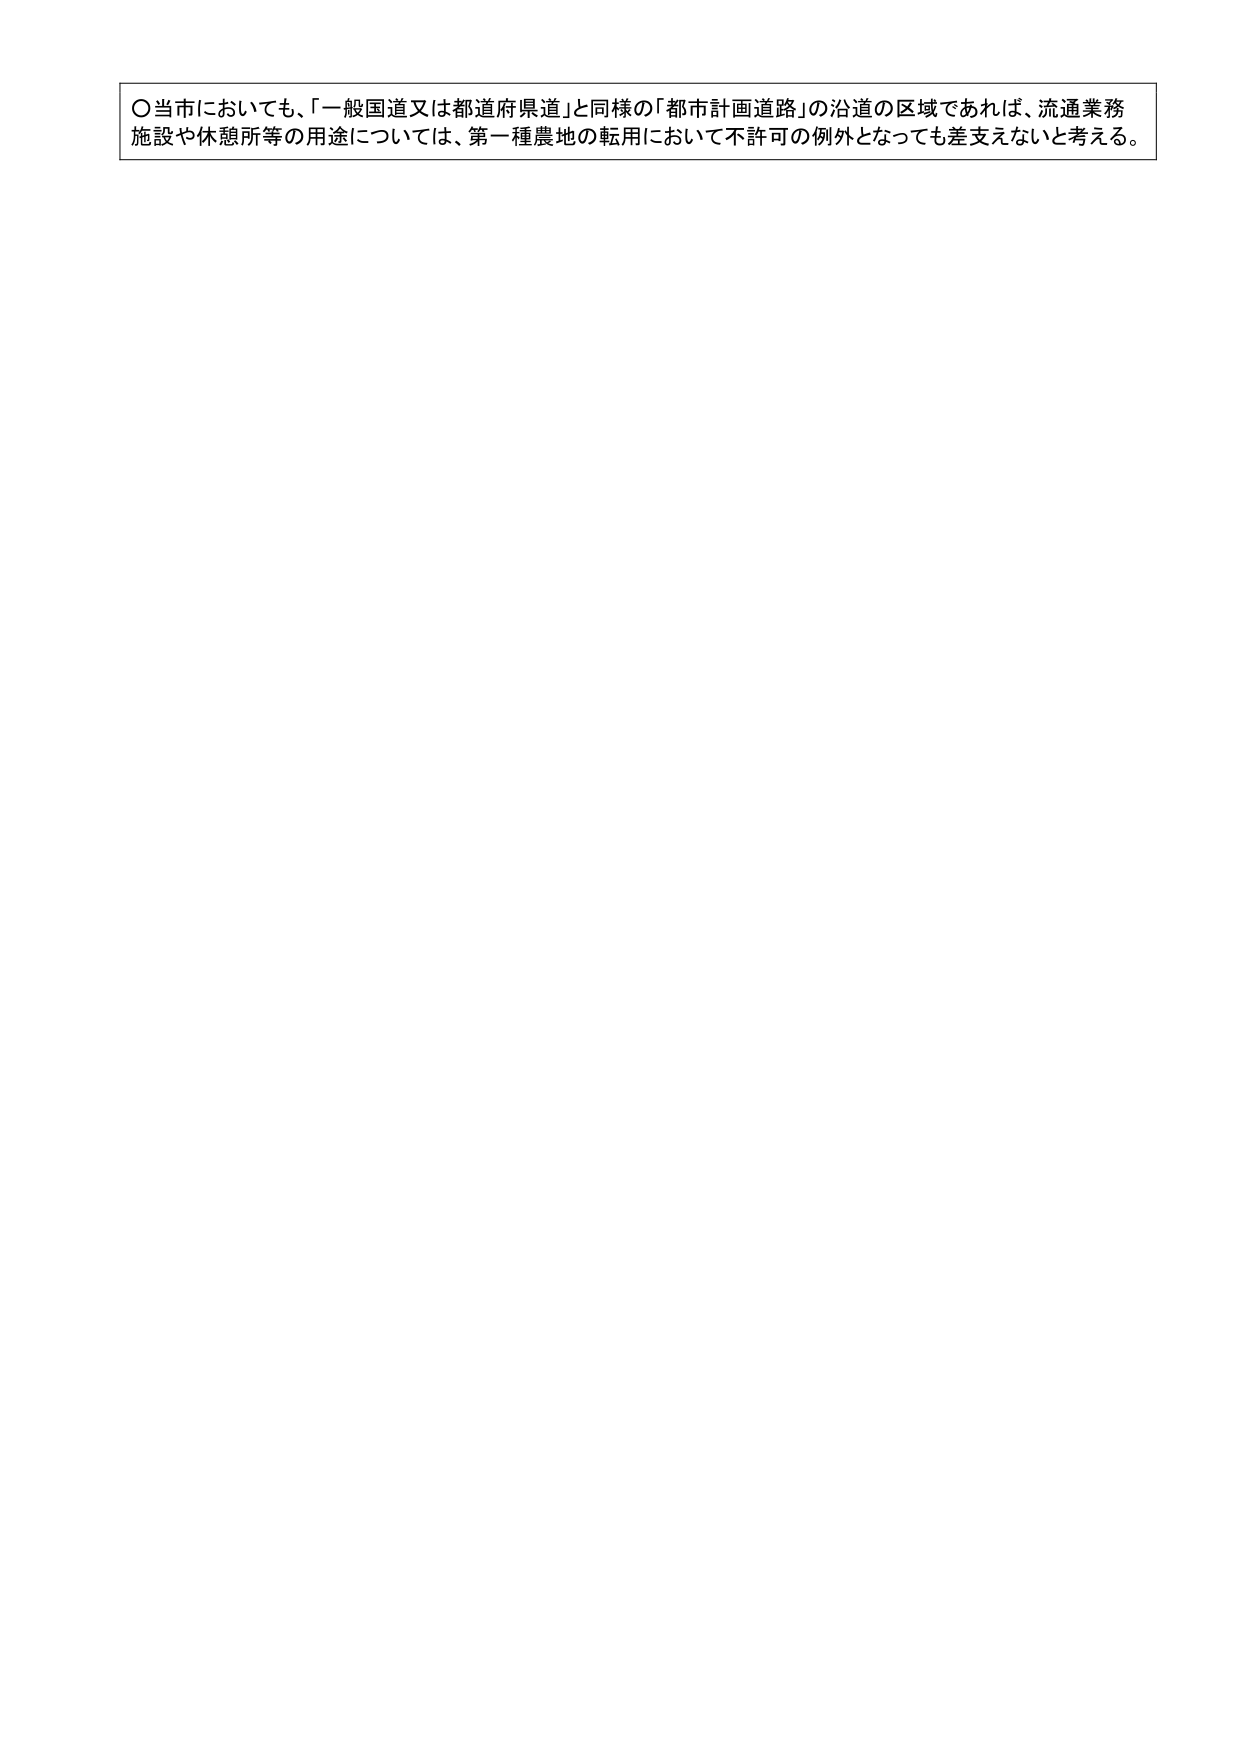
〇当市においても、「一般国道又は都道府県道」と同様の「都市計画道路」の沿道の区域であれば、流通業務施設や休憩所等の用途については、第一種農地の転用において不許可の例外となっても差支えないと考える。